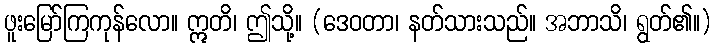
ဖူးမြော်ကြကုန်လော။ ဣတိ၊ ဤသို့။ (ဒေဝတာ၊ နတ်သားသည်။ အဘာသိ၊ ရွတ်၏။)